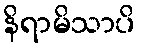
နိရာမိသာပိ